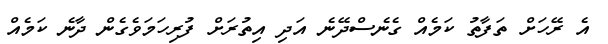
އެ ރޭހަށް ތަފާތު ކަމެއް ގެނެސްދޭނެ އަދި އިތުރަށް ފުރިހަމަވެގެން ދާނެ ކަމެއް